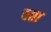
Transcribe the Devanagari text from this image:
वप्ता